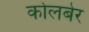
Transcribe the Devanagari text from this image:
कोलबेर